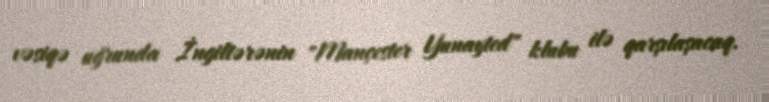
vəsiqə uğrunda İngiltərənin "Mançester Yunayted" klubu ilə qarşılaşacaq.